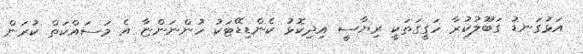
އަޅުގަނޑު ގަބޫލުކުރާ ހަގީގަތަކީ ރިޔާސީ އިދިކޮޅު ކެންޑިޑޭޓަކު ހުންނަންޏާ އެ މަސައްކަތް ކުރަން